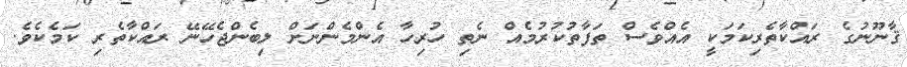
ޤާނޫނުގެ ރައްކާތެރިކަމަކީ އެއްވެސް ތަފާތުކުރުމެއް ނެތި ހުރިހާ އެންމެންނަށް ލިބެންޖެހޭނޭ ރައްކާތެރި ކަމެކެވެ.